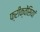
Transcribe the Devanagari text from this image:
फ्रीक्वेंसियां